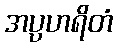
အပ္ပဟရိတံ